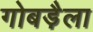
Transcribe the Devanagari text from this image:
गोबड़ैला